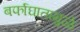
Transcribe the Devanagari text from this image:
बर्फाघातामुळे